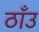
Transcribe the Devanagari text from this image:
ठाँउ